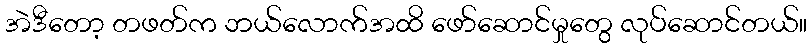
အဲဒီတော့ တဖတ်က ဘယ်လောက်အထိ ဖော်ဆောင်မှုတွေ လုပ်ဆောင်တယ်။